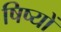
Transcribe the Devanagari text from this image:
षिष्यों